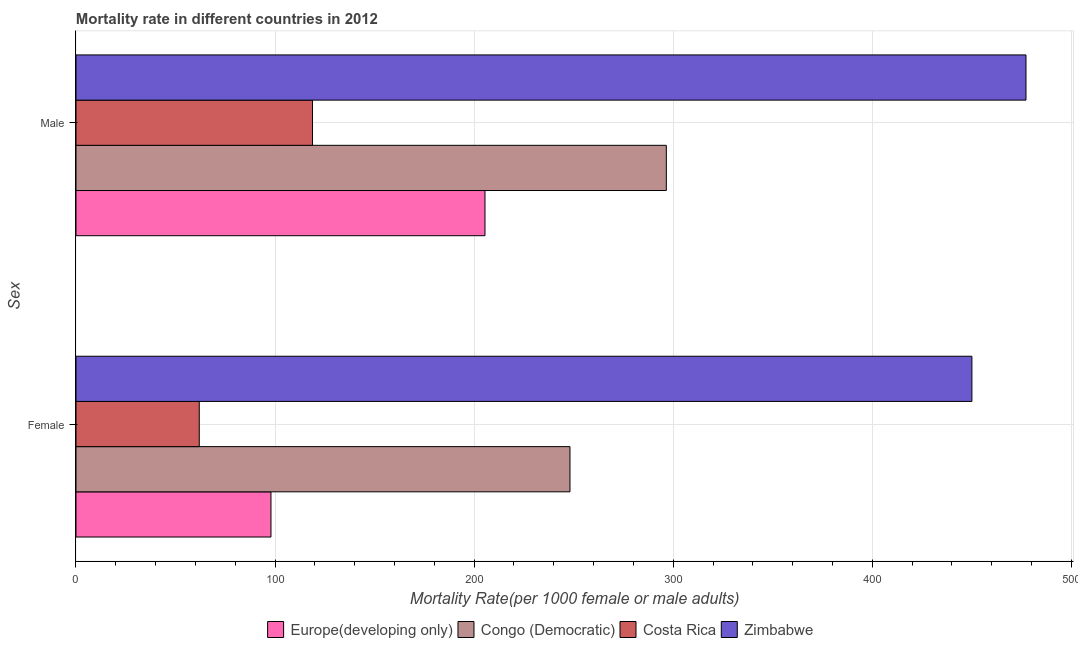
| Sex | Europe(developing only) | Congo (Democratic) | Costa Rica | Zimbabwe |
 | --- | --- | --- | --- | --- |
 | Female | 97.9 | 248 | 61.9 | 450 |
 | Male | 205 | 297 | 119 | 477 |